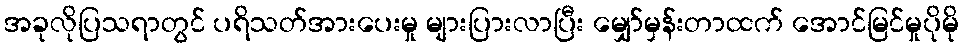
အခုလိုပြသရာတွင် ပရိသတ်အားပေးမှု များပြားလာပြီး မျှော်မှန်းတာထက် အောင်မြင်မှုပိုမို